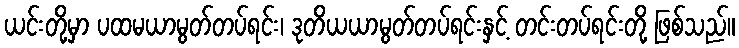
ယင်းတို့မှာ ပထမယာမွတ်တပ်ရင်း၊ ဒုတိယယာမွတ်တပ်ရင်းနှင့် တင်းတပ်ရင်းတို့ ဖြစ်သည်။